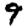
Digit: 9